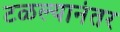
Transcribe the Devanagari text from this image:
टळल्यानंतर